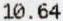
10.64